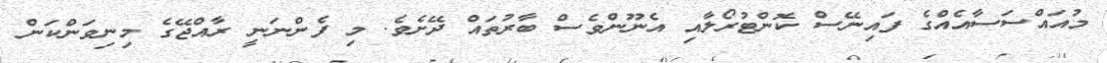
މުއައްސަސާއެއްގެ ފައިނޭސް ކޮންޓުރޯލާއި އެނޫންވެސް ބާރުތައް ދޭށެވެ. މި ފެންނަނީ ރާއްޖޭގެ މިނިވަންކަން